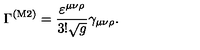
\Gamma ^ { ( \mathrm { M 2 } ) } = \frac { \varepsilon ^ { \mu \nu \rho } } { 3 ! \sqrt g } \gamma _ { \mu \nu \rho } .